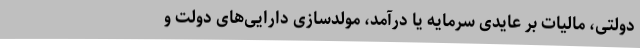
دولتی، مالیات بر عایدی سرمایه یا درآمد، مولدسازی دارایی‌های دولت و